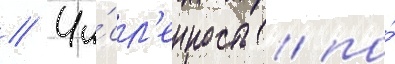
// Чи́сл'енность / по́